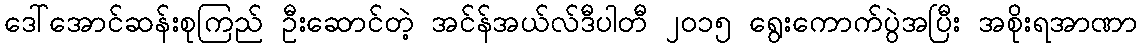
ဒေါ်အောင်ဆန်းစုကြည် ဦးဆောင်တဲ့ အင်န်အယ်လ်ဒီပါတီ ၂၀၁၅ ရွေးကောက်ပွဲအပြီး အစိုးရအာဏာ